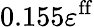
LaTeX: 0.155\varepsilon^{\mathrm{ff}}